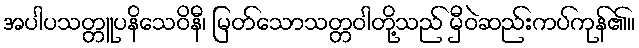
အပါပသတ္တူပနိသေဝိနီ၊ မြတ်သောသတ္တဝါတို့သည် မှီဝဲဆည်းကပ်ကုန်၏။